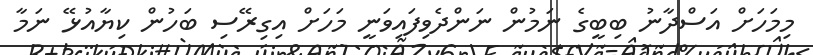
މިމަހަށް އަސްދާނު ބިބީގެ ނަމުން ނަންދެވިފައިވަނީ މަހަށް އިގިރޭސި ބަހުން ކިޔާއުޅޭ ނަމާ